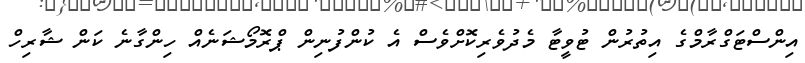
އިންސްޓަގްރާމްގެ އިތުރުން ޓުވީޓާ މެދުވެރިކޮށްވެސް އެ ކުންފުނިން ޕްރޮމޯޝަނެއް ހިންގާނެ ކަން ޝާރިހް